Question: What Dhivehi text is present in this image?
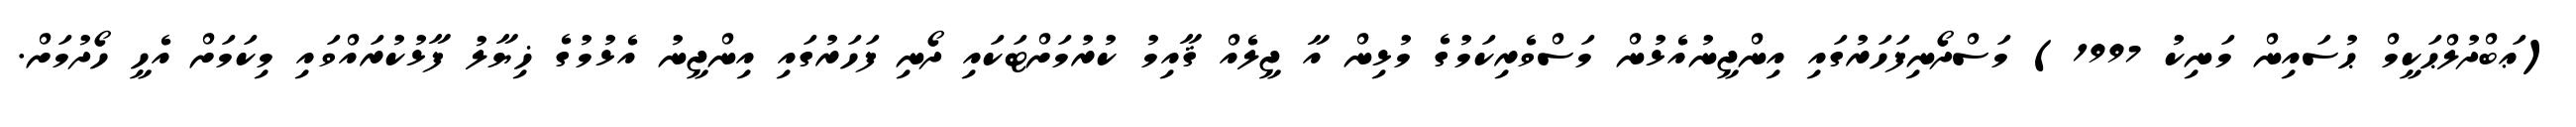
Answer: (ޢަބްދުލްޙަކީމް ޙުސައިން މަނިކު 1997) މަސްދޯނިފަހަރުގައި އިންޖީނުއެޅުން މަސްވެރިކަމުގެ މުޅިން އާ ޖީލެއް ޤާއިމު ކުރުމަށްޓަކައި ދޯނި ފަހަރުގައި އިންޖީނު އެޅުމުގެ ޚިޔާލު ފާޅުކުރައްވައި މިކަމަށް އެހީ ހޯދުމަށް.